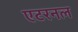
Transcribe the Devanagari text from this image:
एटरनल